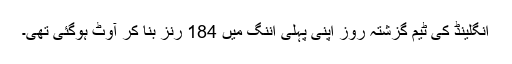
انگلینڈ کی ٹیم گزشتہ روز اپنی پہلی اننگ میں 184 رنز بنا کر آوٹ ہوگئی تھی۔